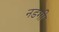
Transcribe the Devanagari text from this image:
नडगी